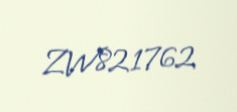
ZW821762